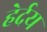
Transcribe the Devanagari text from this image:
हेर्दय